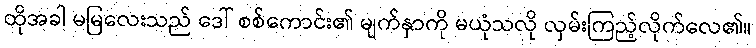
ထိုအခါ မမြလေးသည် ဒေါ် စစ်ကောင်း၏ မျက်နှာကို မယုံသလို လှမ်းကြည့်လိုက်လေ၏။